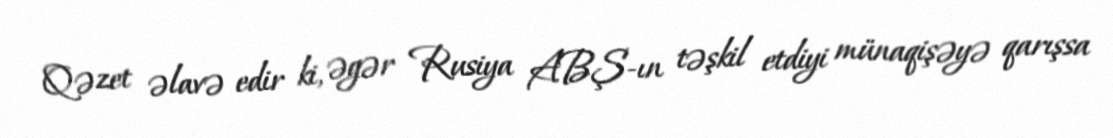
Qəzet əlavə edir ki, əgər Rusiya ABŞ-ın təşkil etdiyi münaqişəyə qarışsa